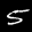
Label: 5